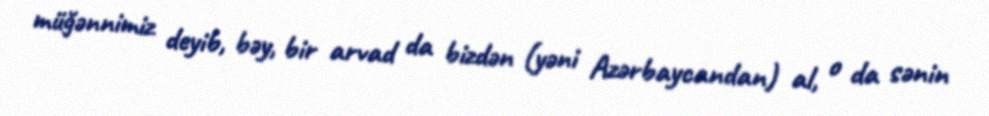
müğənnimiz deyib, bəy, bir arvad da bizdən (yəni Azərbaycandan) al, o da sənin